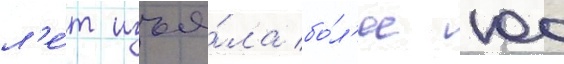
л'е́т изъя́ла бо́л'ее 100